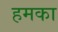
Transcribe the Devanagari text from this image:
हमका